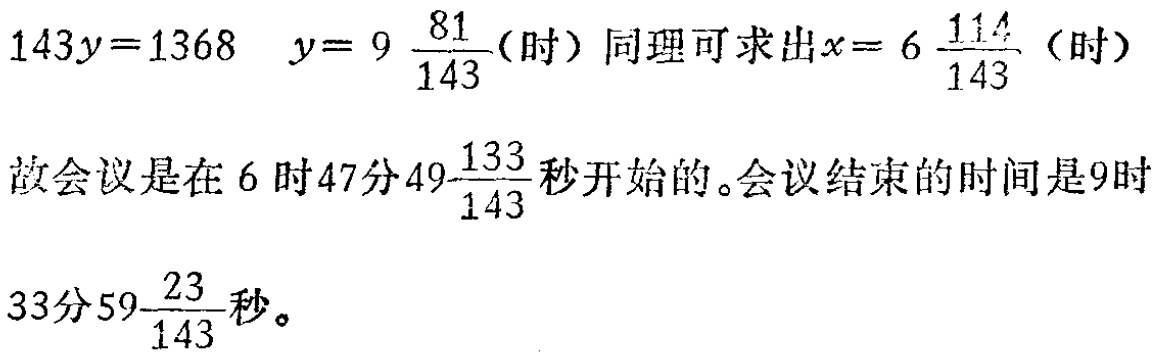
\[

\begin{align*}

143y&=1368\quad y = 9\frac{81}{143}(\text{时})\\

&\text{同理可求出}x = 6\frac{114}{143}(\text{时})

\end{align*}

\]

故会议是在\(6\)时\(47\)分\(49\frac{133}{143}\)秒开始的。会议结束的时间是\(9\)时\(33\)分\(59\frac{23}{143}\)秒。